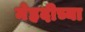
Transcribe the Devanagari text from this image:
मेहदीच्या